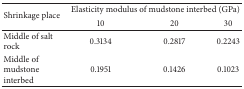
<table><thead><tr><td rowspan="2"><b>Shrinkage place</b></td><td colspan="3"><b>Elasticity modulus of mudstone interbed (GPa)</b></td></tr><tr><td><b>10</b></td><td><b>20</b></td><td><b>30</b></td></tr></thead><tbody><tr><td>Middle of salt rock</td><td>0.3134</td><td>0.2817</td><td>0.2243</td></tr><tr><td>Middle of mudstone interbed</td><td>0.1951</td><td>0.1426</td><td>0.1023</td></tr></tbody></table>